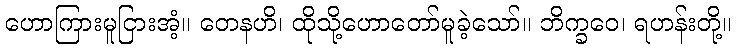
ဟောကြားမူငြားအံ့။ တေနဟိ၊ ထိုသို့ဟောတော်မူခဲ့သော်။ ဘိက္ခဝေ၊ ရဟန်းတို့။